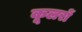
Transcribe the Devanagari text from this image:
कूलरों